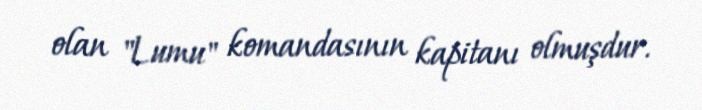
olan "Lumu" komandasının kapitanı olmuşdur.